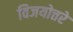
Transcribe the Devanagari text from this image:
विजयोत्तरे